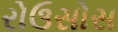
રોઉસોસ